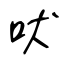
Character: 吠